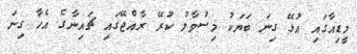
މީޑިއާގައި އުޅޭ ގިނަ ބަޔަކު މިސުވާލު ކުރޭ ރާއްޖޭގައި ޗައިނާގެ އެހާ ގިނަ